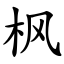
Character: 枫